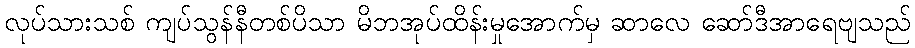
လုပ်သားသစ် ကျပ်သွန်နီတစ်ပိသာ မိဘအုပ်ထိန်းမှုအောက်မှ ဆာလေ ဆော်ဒီအာရေဗျသည်